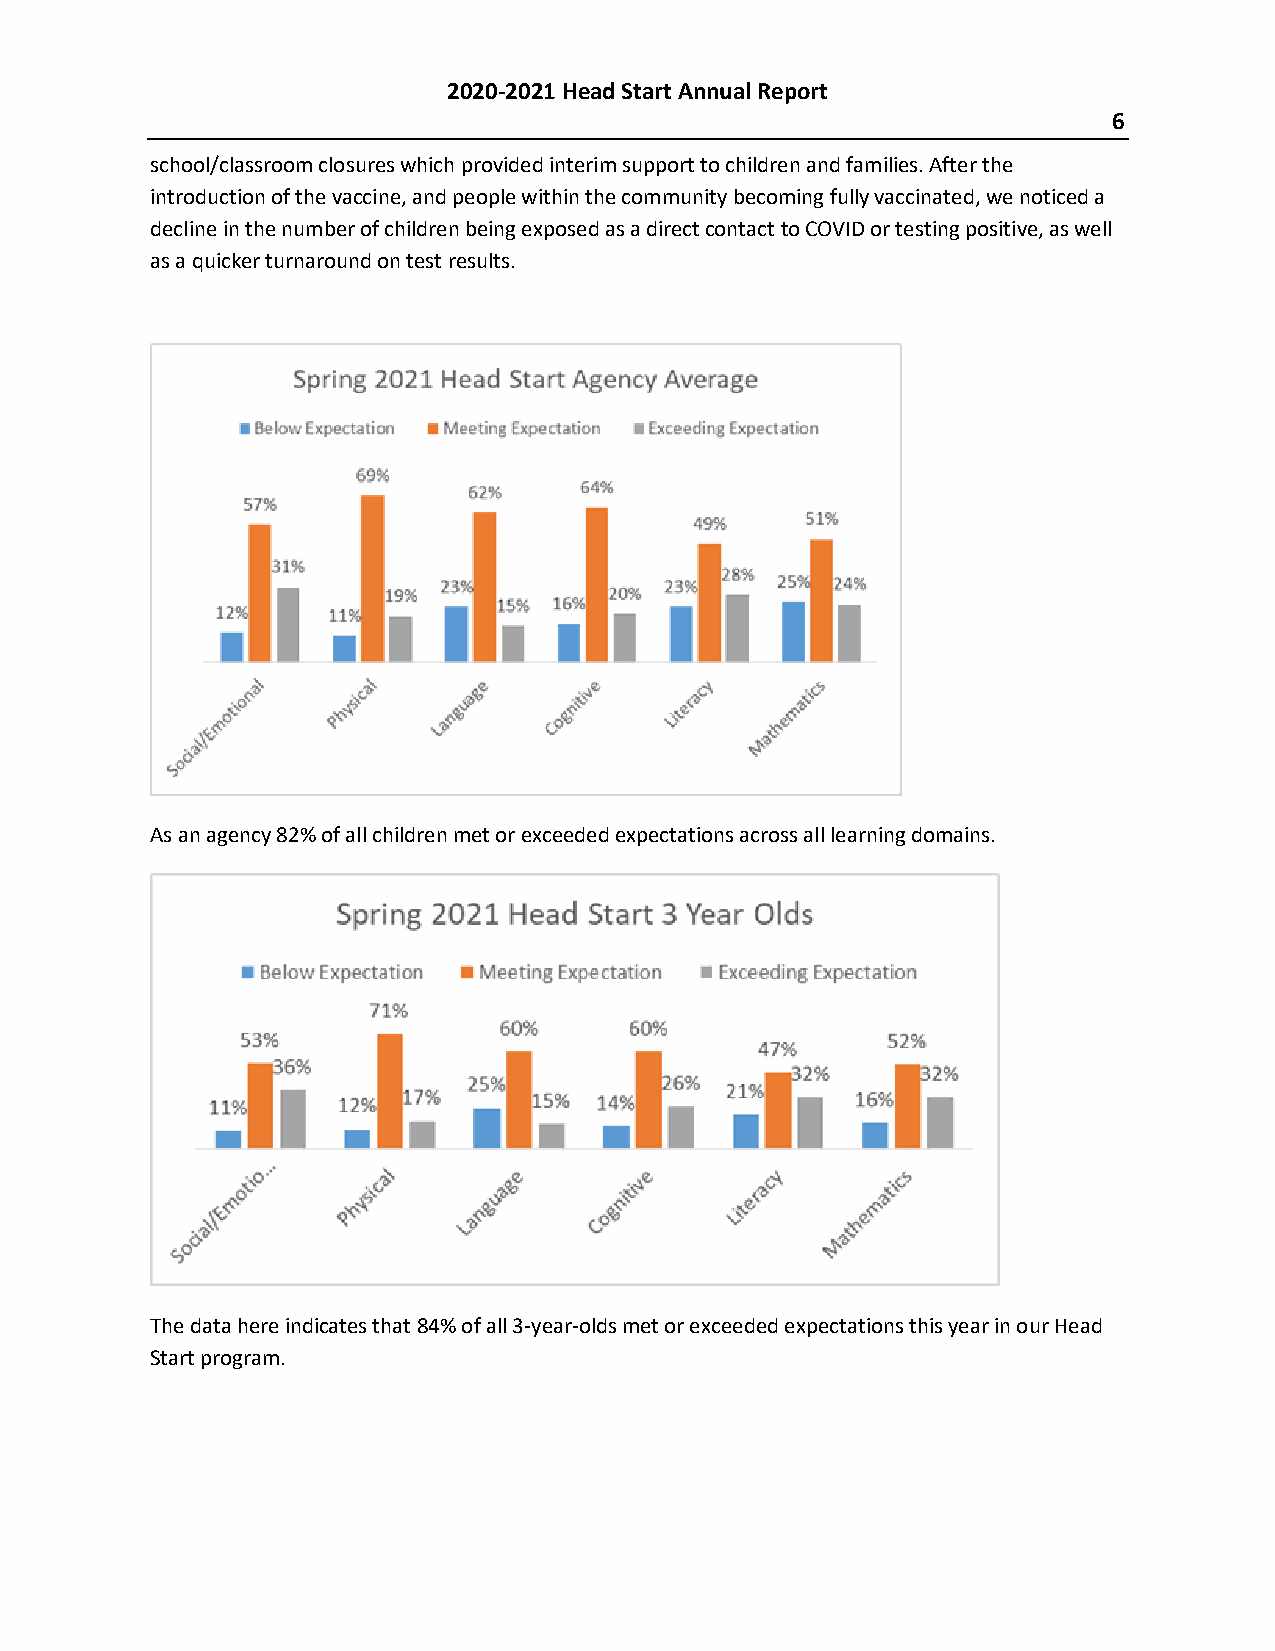
2020-2021 Head Start Annual Report
 6
 school/classroom closures which provided interim support to children and families. After the
 introduction of the vaccine, and people within the community becoming fully vaccinated, we noticed a
 decline in the number of children being exposed as a direct contact to COVID or testing positive, as well
 as a quicker turnaround on test results.
 As an agency 82% of all children met or exceeded expectations across all learning domains.
 The data here indicates that 84% of all 3-year-olds met or exceeded expectations this year in our Head
 Start program.